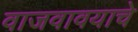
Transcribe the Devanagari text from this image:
वाजवावयाचे